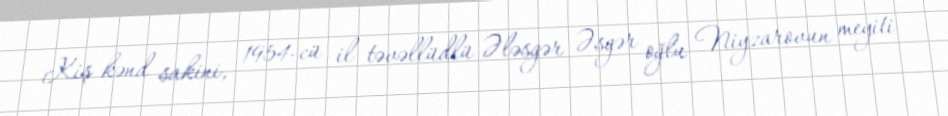
Kiş kənd sakini, 1954-cü il təvəllüdlü Ələsgər Əsgər oğlu Niyzarovun meyiti